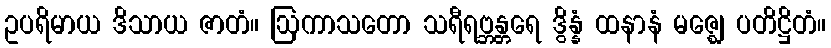
ဥပရိမာယ ဒိသာယ ဇာတံ။ ဩကာသတော သရီရဗ္ဘန္တရေ ဒွိန္နံ ထနာနံ မဇ္ဈေ ပတိဋ္ဌိတံ။